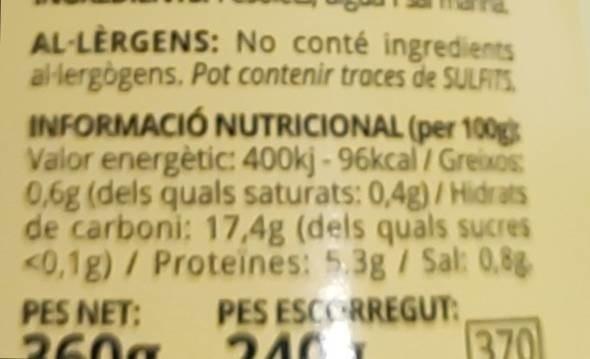
AL-LÈRGENS: No conté ingredients al·lergògens. Pot contenir traces de SULFITS INFORMACIÓ NUTRICIONAL (per 100g Valor energètic: 400kj - 96kcal / Greixos 0,6g (dels quals saturats: 0,4g)/Hidrats de carboni: 17,4g (dels quals sucres <0,1g) / Proteines: 5.3g / Sal: 0,8g PES ESCORREGUT:
240x
370
PES NET: 2600